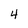
Character: 4